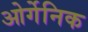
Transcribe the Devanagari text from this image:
ओर्गेनिक